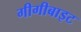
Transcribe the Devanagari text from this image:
गीगीबाइट